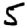
Digit: 5